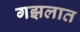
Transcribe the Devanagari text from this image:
गझलात